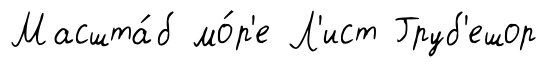
Масшта́б мо́р'е Л'ист Груб'ешор